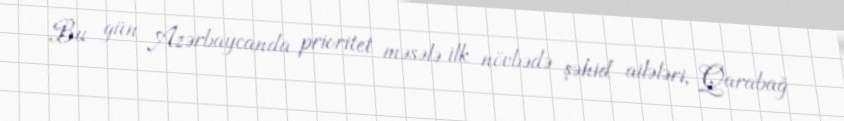
Bu gün Azərbaycanda prioritet məsələ ilk növbədə şəhid ailələri, Qarabağ